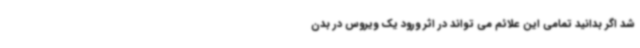
شد اگر بدانید تمامی این علائم می تواند در اثر ورود یک ویروس در بدن